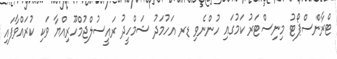
ޓްރާންސްޕޯޓު މިނިސްޓަރު ކަމުގައި ހުންނެވި ޑރ އަހުމަދު ޝަމްހީދު ރައީސުލްޖުމްހޫރިއްޔާ ވަކި ކުރައްވާފައި